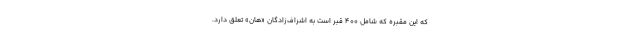
که این مقبره که شامل ۴۰۰ قبر است به اشراف‌زادگان «هان» تعلق دارد.